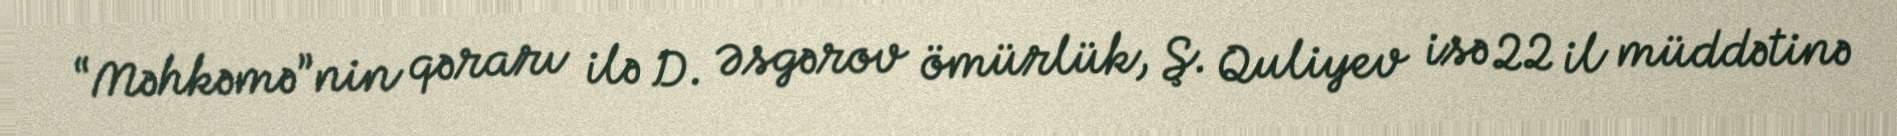
“Məhkəmə”nin qərarı ilə D. Əsgərov ömürlük, Ş. Quliyev isə 22 il müddətinə